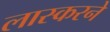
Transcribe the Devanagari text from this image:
लास्करने